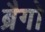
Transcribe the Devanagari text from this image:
ब्रैगो